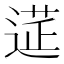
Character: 𨕇